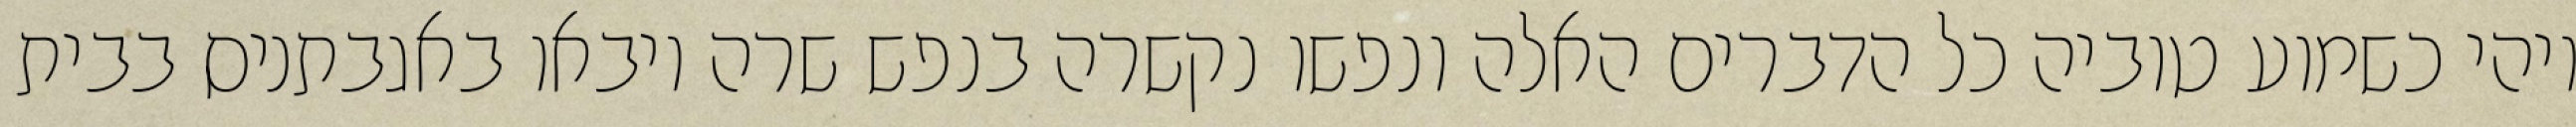
ויהי כשמוע טוביה כל הדברים האלה ונפשו נקשרה בנפש שרה ויבאו באגבתניס בבית